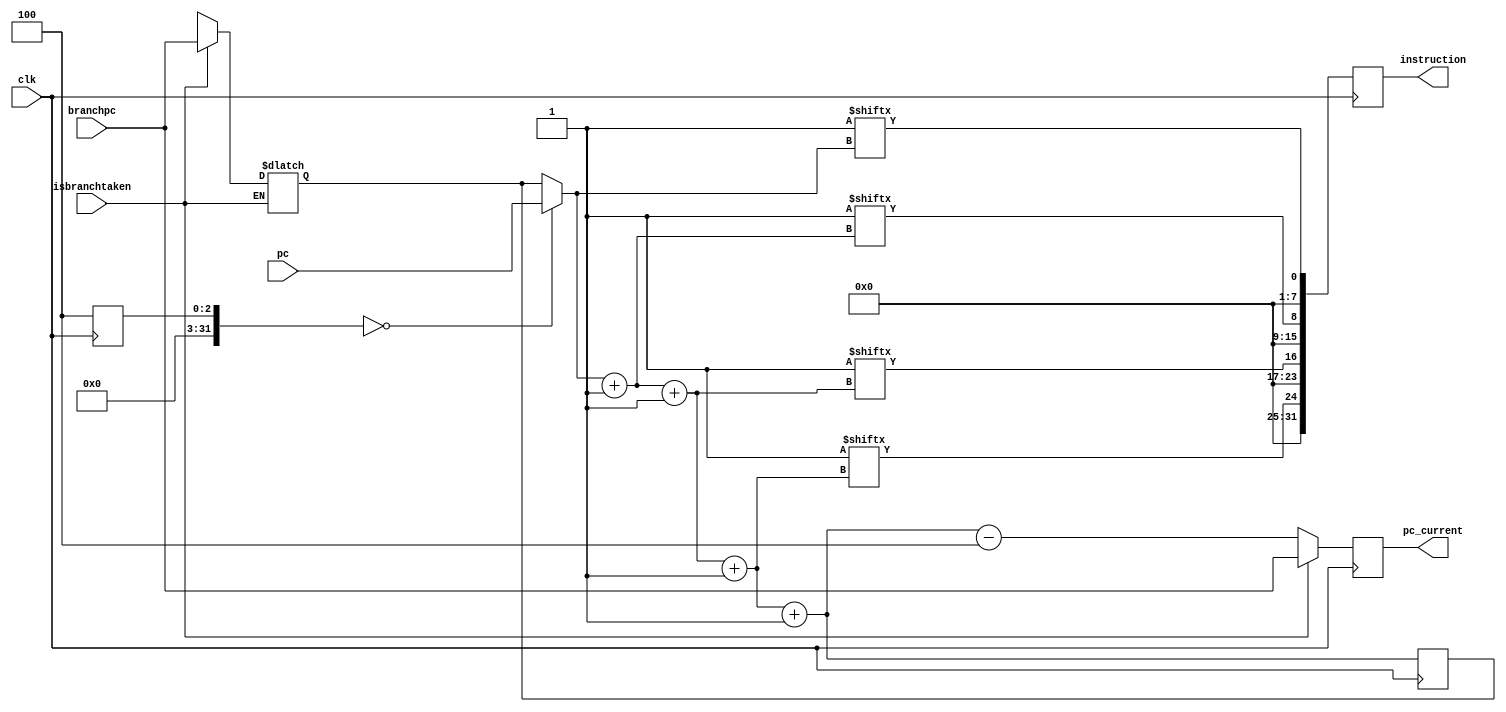
module instruction_fetch( pc, clk, isbranchtaken, branchpc, pc_current, instruction );

input [31:0] branchpc,pc;
input clk,isbranchtaken;
output[31:0] instruction;
output [31:0] pc_current;

wire [31:0] branchpc,pc;
wire clk,isbranchtaken;
reg [31:0] instruction;
reg [31:0] pc_current,pc_temp;
integer hal,ind = 0;

                     
                     always @(negedge clk )
                     begin
                     if( ind == 0)
                     begin
                     
                     pc_temp = pc;
                     pc_current = pc;
                     end
                     for (ind = 0;ind < 4;ind = ind + 1 )
                     begin
                     instruction[8*ind +: 8] = p.memory1.mem[pc_temp];
                     pc_temp = pc_temp + 1;
                     end
                     
                     if(isbranchtaken == 1)
                     begin
                     pc_current = branchpc;
                     end
                     else
                     begin
                     pc_current = pc_temp - 4;
                     end
                                        
                     
                     end
                     
                     
                     
                     always @( isbranchtaken )
                     begin                                                 
                     if (isbranchtaken == 1)
                     begin
                     pc_temp = branchpc;
                     end
                     else if ( isbranchtaken == 0)
                     begin
                     pc_temp = pc_temp;
                     end
                                           
                     end
                     
endmodule